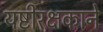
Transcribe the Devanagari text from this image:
यष्टीरक्षकाने